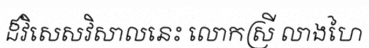
ដ៏វិសេសវិសាលនេះ លោកស្រី លាងហៃ